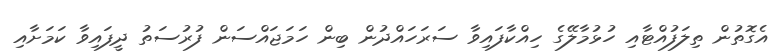
އެގޮތުން ތިލަފުއްޓާއި ހުޅުމާލޭގެ ހިއްކާފައިވާ ސަރަހައްދުން ބިން ހަމަޖައްސަން ފުރުސަތު ދީފައިވާ ކަމަށާއި